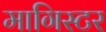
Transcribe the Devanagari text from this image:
मागिस्टर